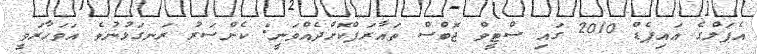
އެޕަލްގެ އައިޕެޑް 2010 ގައި ސްޓީވް ޖޮބްސް ތައާރަފްކޮށްދެއްވަނީ: ކެންސަރު ރަނގަޅުނުވެ އަވަހާރަވީ